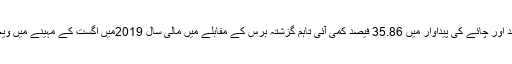
علاوہ ازیں کوکنگ آئل کی پیداوار میں 9.71 فیصد اور چائے کی پیداوار میں 35.86 فیصد کمی آئی تاہم گزشتہ برس کے مقابلے میں مالی سال 2019میں اگست کے مہینے میں ویجیٹیبل گھی کی پیداوار میں 0.66 فیصد اضافہ ہوا۔